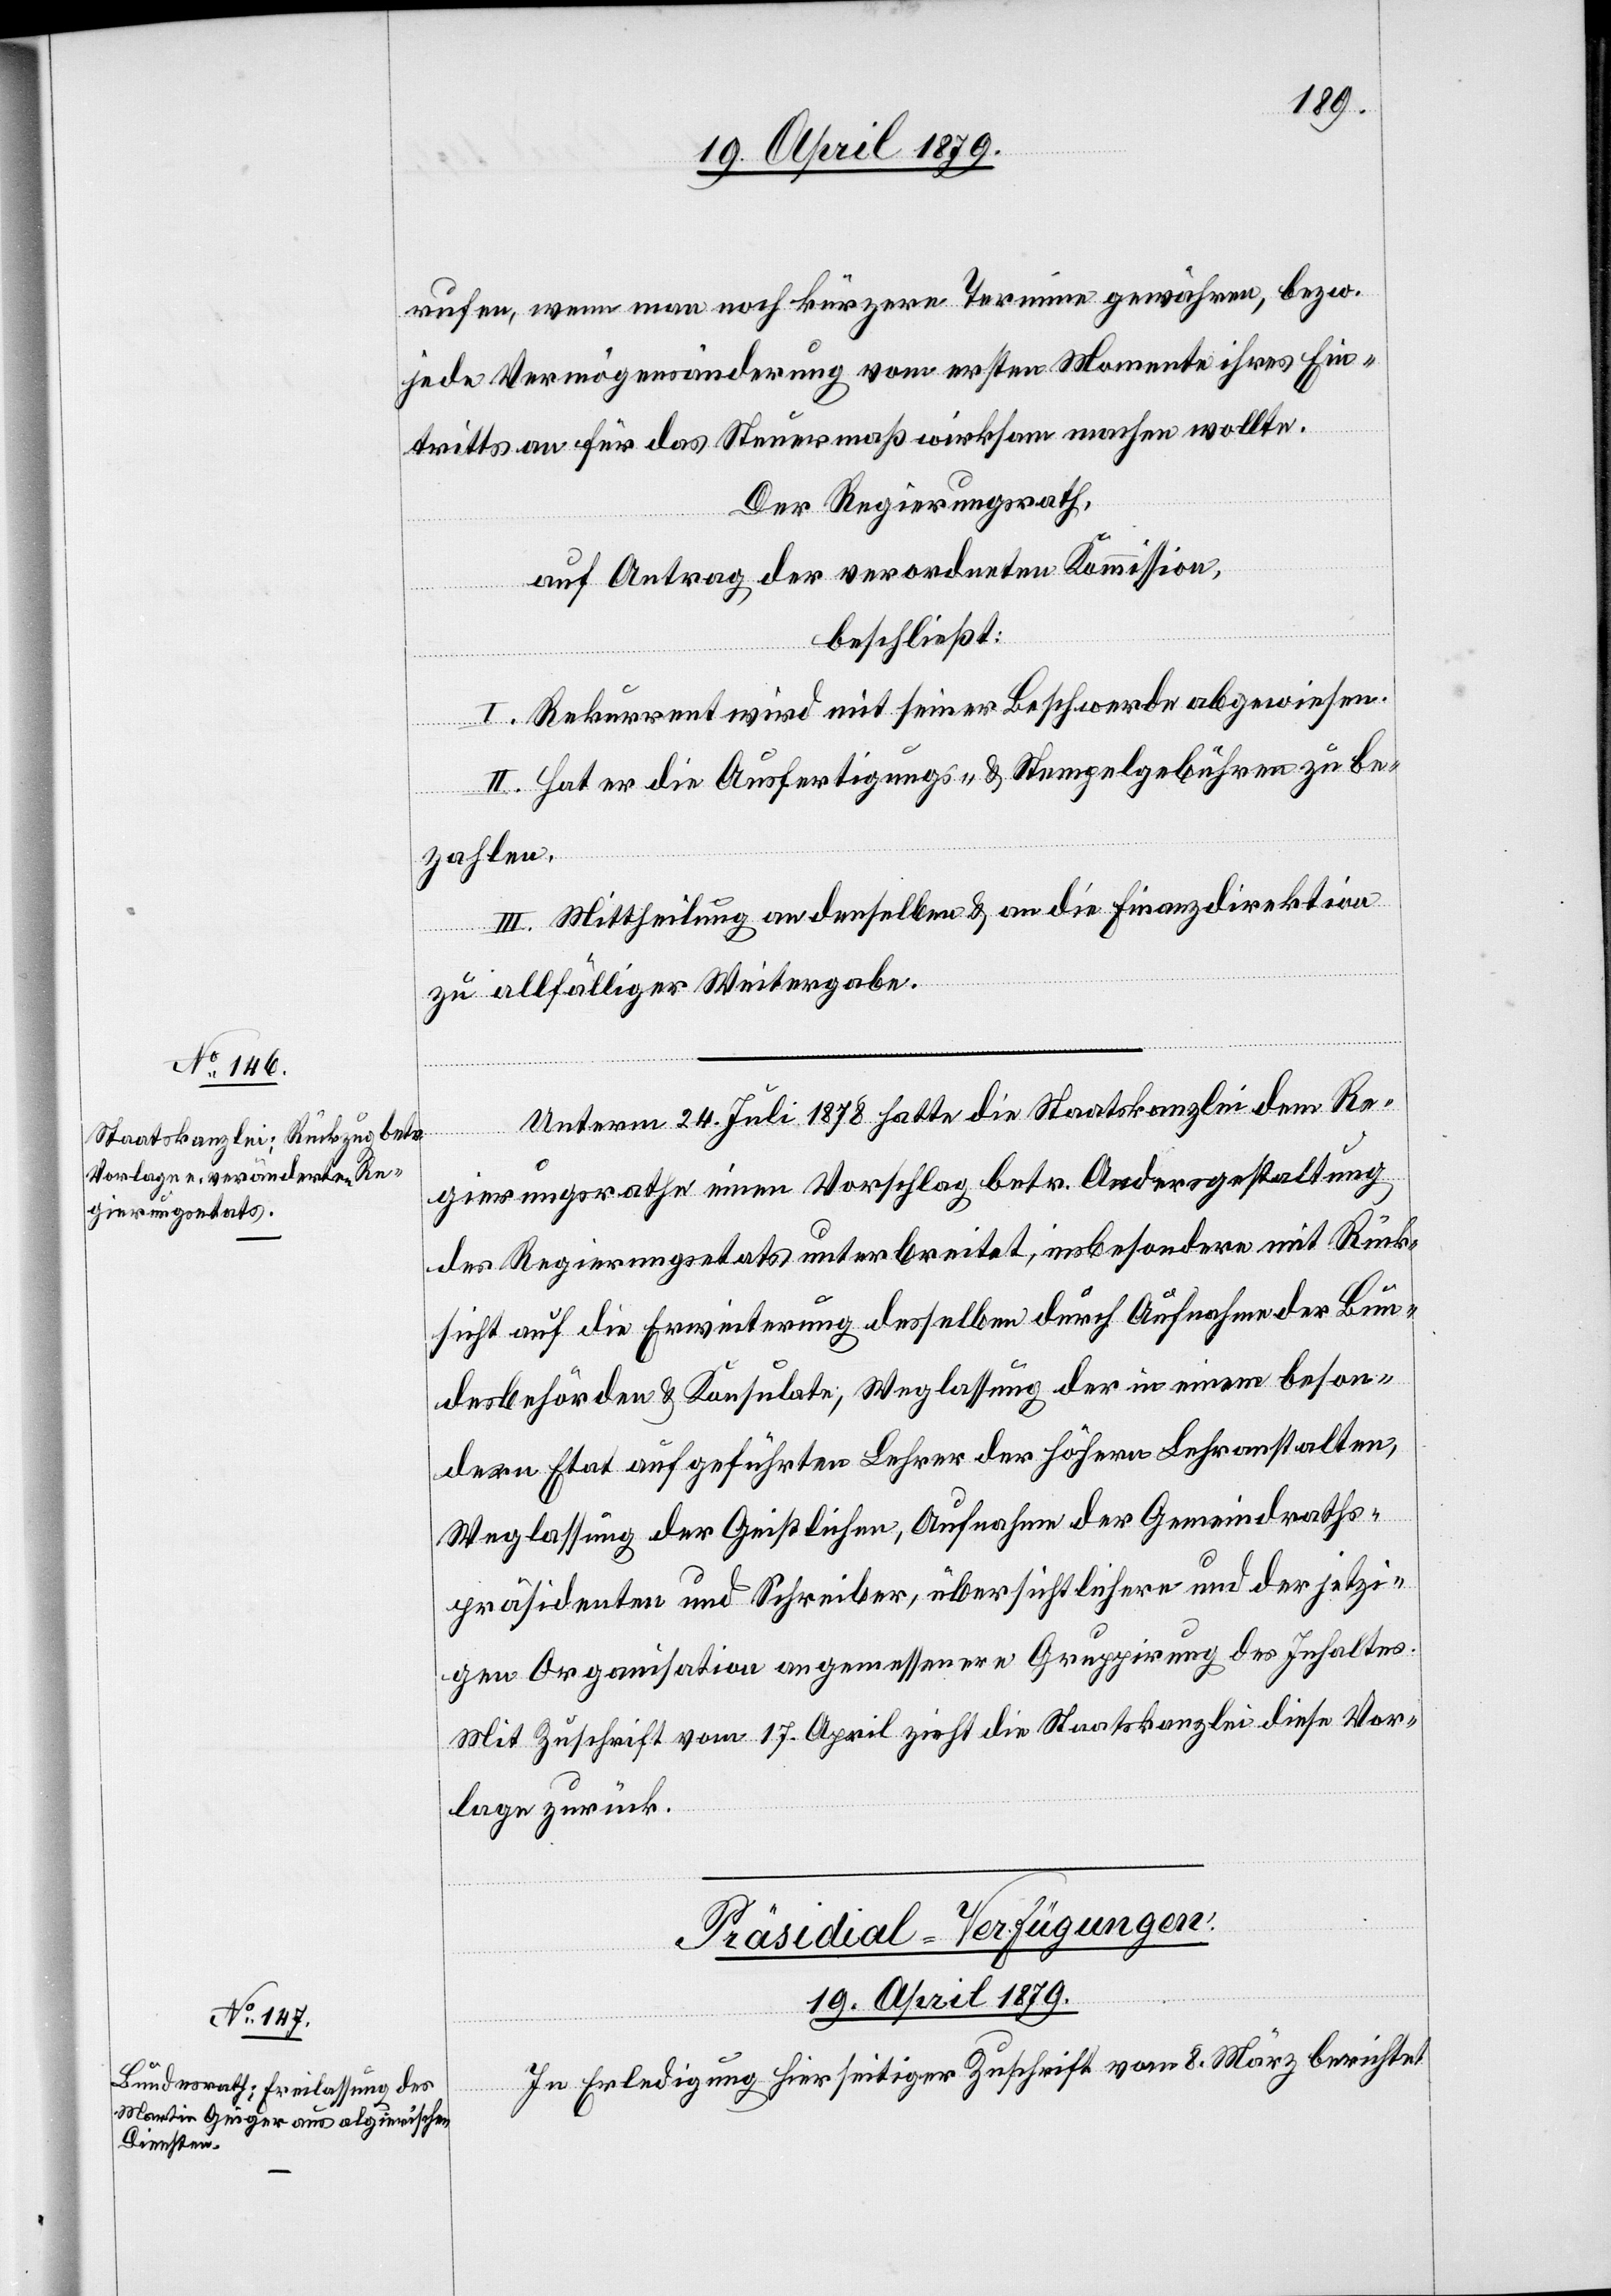
rufen, wenn man noch kürzere Termine gewähren, bezw.
jede Vermögensänderung vom ersten Momente ihres Ein¬
tritts an für das Steuermaß wirksam machen wollte.
Der Regierungsrath,
auf Antrag der verordneten Kommission,
beschließt:
I. Rekurrent wird mit seiner Beschwerde abgewiesen.
II. Hat er die Ausfertigungs- & Stempelgebühren zu be¬
zahlen.
III. Mittheilung an denselben & an die Finanzdirektion
zu allfälliger Weitergabe.
Unterm 24. Juli 1878 hatte die Staatskanzlei dem Re¬
gierungsrathe einen Vorschlag betr. Andersgestaltung
des Regierungsetats unterbreitet, insbesondere mit Rück¬
sicht auf die Erweiterung desselben durch Aufnahme der Bun¬
desbehörden & Konsulate, Weglassung der in einem beson¬
dern Etat aufgeführten Lehrer der höhern Lehranstalten,
Weglassung der Geistlichen, Aufnahme der Gemeindraths¬
präsidenten und Schreiber, übersichtlichere und der jetzi¬
gen Organisation angemessenere Gruppirung des Inhaltes.
Mit Zuschrift vom 17. April zieht die Staatskanzlei diese Vor¬
lage zurück.
Präsidial-Verfügungen.
19. April 1879.
In Erledigung hierseitiger Zuschrift vom 8. März berichtet